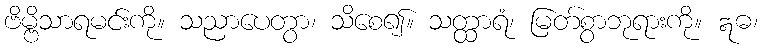
ဗိမ္ဗိသာရမင်းကို။ သညာပေတွာ၊ သိစေ၍။ သတ္ထာရံ၊ မြတ်စွာဘုရားကို။ ဣဓ၊